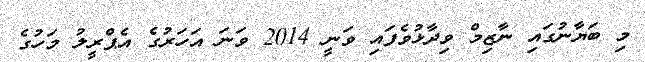
މި ބަޔާނުގައި ނާޒިމް ވިދާޅުވެފައި ވަނީ 2014 ވަނަ އަހަރުގެ އެޕްރީލު މަހުގެ